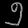
Digit: ၅